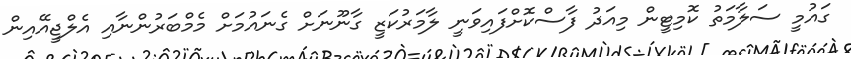
ގައުމީ ސަލާމަތު ކޮމިޓީން މިއަދު ފާސްކޮށްފައިވަނީ ލާމަރުކަޒީ ގާނޫނަށް ގެނައުމަށް މެމްބަރުންނާއި އެލްޖީއޭއިން